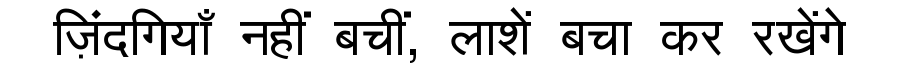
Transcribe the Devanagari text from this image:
ज़िंदगियाँ नहीं बचीं, लाशें बचा कर रखेंगे